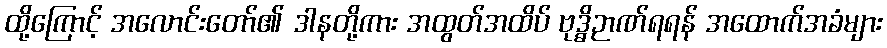
ထို့ကြောင့် အလောင်းတော်၏ ဒါနတို့ကား အထွတ်အထိပ် ဗုဒ္ဓိဉာဏ်ရရန် အထောက်အခံများ